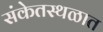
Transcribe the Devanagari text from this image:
संकेतस्थळात